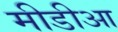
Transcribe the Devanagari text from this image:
मीडीआ